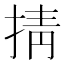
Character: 掅